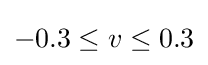
-0.3\leq v\leq 0.3